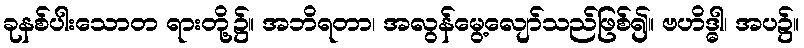
ခုနစ်ပါးသောတ ရားတို့၌။ အဘိရတာ၊ အလွန်မွေ့လျော်သည်ဖြစ်၍။ ဗဟိဒ္ဓါ၊ အပ၌။